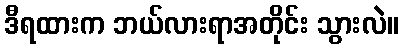
ဒီရထားက ဘယ်လားရာအတိုင်း သွားလဲ။